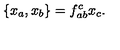
\{ x _ { a } , x _ { b } \} = f _ { a b } ^ { c } x _ { c } .